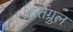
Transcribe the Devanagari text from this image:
आर्तग्रुल